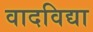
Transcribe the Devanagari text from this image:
वादविद्या